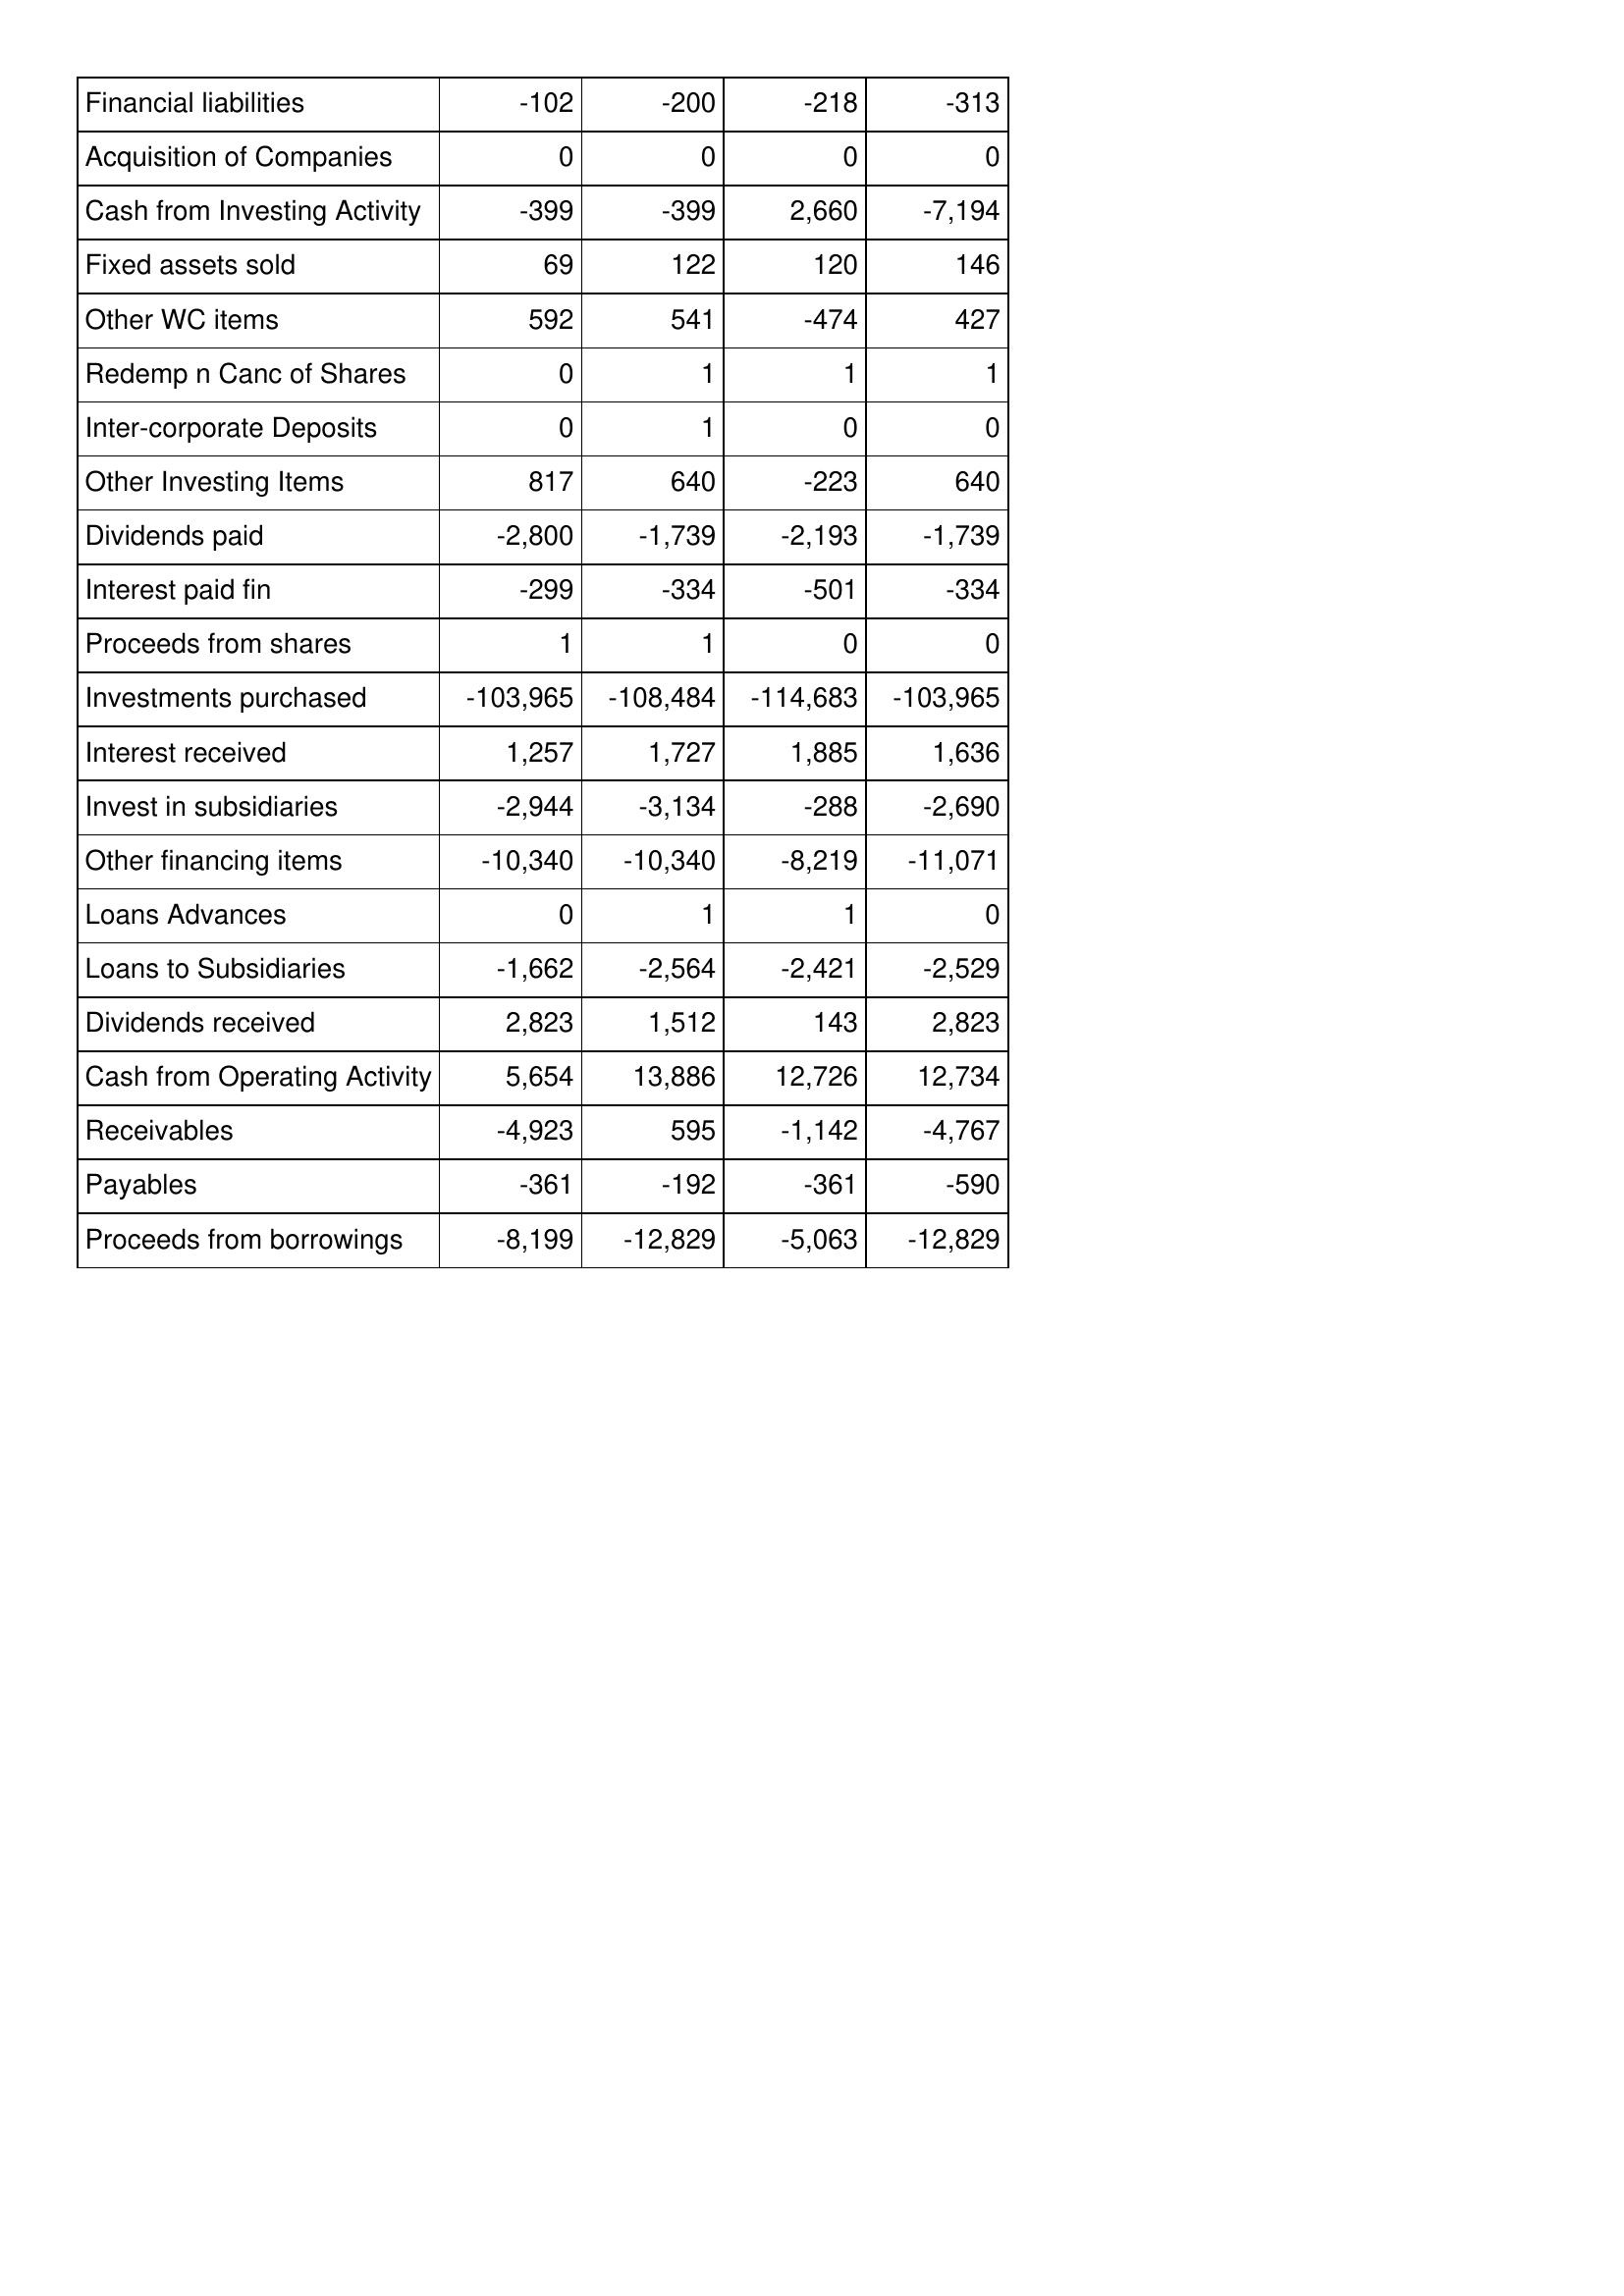
Mar-09: Cash Flows: Financial liabilities: -102
Acquisition of Companies: 0
Cash from Investing Activity: -399
Fixed assets sold: 69
Other WC items: 592
Redemp n Canc of Shares: 0
Inter-corporate Deposits: 0
Other Investing Items: 817
Dividends paid: -2,800
Interest paid fin: -299
Proceeds from shares: 1
Investments purchased: -103,965
Interest received: 1,257
Invest in subsidiaries: -2,944
Other financing items: -10,340
Loans Advances: 0
Loans to Subsidiaries: -1,662
Dividends received: 2,823
Cash from Operating Activity: 5,654
Receivables: -4,923
Payables: -361
Proceeds from borrowings: -8,199
Mar-08: Cash Flows: Financial liabilities: -200
Acquisition of Companies: 0
Cash from Investing Activity: -399
Fixed assets sold: 122
Other WC items: 541
Redemp n Canc of Shares: 1
Inter-corporate Deposits: 1
Other Investing Items: 640
Dividends paid: -1,739
Interest paid fin: -334
Proceeds from shares: 1
Investments purchased: -108,484
Interest received: 1,727
Invest in subsidiaries: -3,134
Other financing items: -10,340
Loans Advances: 1
Loans to Subsidiaries: -2,564
Dividends received: 1,512
Cash from Operating Activity: 13,886
Receivables: 595
Payables: -192
Proceeds from borrowings: -12,829
Mar-07: Cash Flows: Financial liabilities: -218
Acquisition of Companies: 0
Cash from Investing Activity: 2,660
Fixed assets sold: 120
Other WC items: -474
Redemp n Canc of Shares: 1
Inter-corporate Deposits: 0
Other Investing Items: -223
Dividends paid: -2,193
Interest paid fin: -501
Proceeds from shares: 0
Investments purchased: -114,683
Interest received: 1,885
Invest in subsidiaries: -288
Other financing items: -8,219
Loans Advances: 1
Loans to Subsidiaries: -2,421
Dividends received: 143
Cash from Operating Activity: 12,726
Receivables: -1,142
Payables: -361
Proceeds from borrowings: -5,063
Mar-06: Cash Flows: Financial liabilities: -313
Acquisition of Companies: 0
Cash from Investing Activity: -7,194
Fixed assets sold: 146
Other WC items: 427
Redemp n Canc of Shares: 1
Inter-corporate Deposits: 0
Other Investing Items: 640
Dividends paid: -1,739
Interest paid fin: -334
Proceeds from shares: 0
Investments purchased: -103,965
Interest received: 1,636
Invest in subsidiaries: -2,690
Other financing items: -11,071
Loans Advances: 0
Loans to Subsidiaries: -2,529
Dividends received: 2,823
Cash from Operating Activity: 12,734
Receivables: -4,767
Payables: -590
Proceeds from borrowings: -12,829